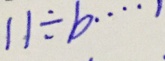
1 1 \div b \cdots 1